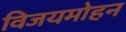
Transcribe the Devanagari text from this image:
विजयमोहन